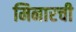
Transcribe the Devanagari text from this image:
मिनारची